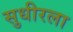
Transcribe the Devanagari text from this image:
सुधीरला